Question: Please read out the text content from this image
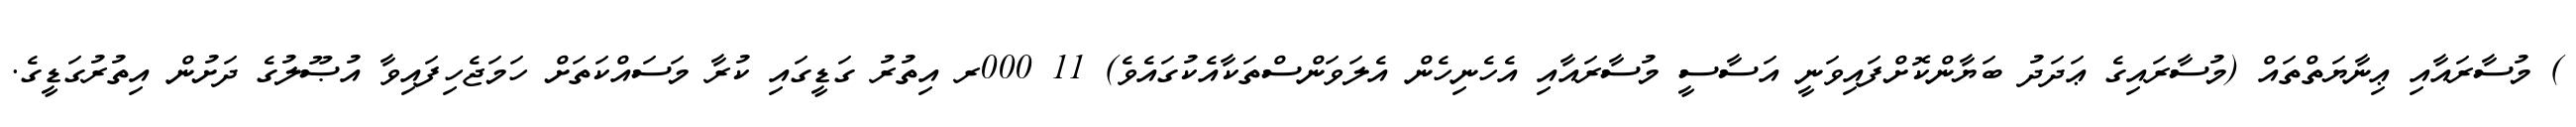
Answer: ) މުސާރައާއި ޢިނާޔަތްތައް (މުސާރައިގެ ޢަދަދު ބަޔާންކޮށްފައިވަނީ އަސާސީ މުސާރައާއި އެހެނިހެން އެލަވަންސްތަކާއެކުގައެވެ) 11 000ރ އިތުރު ގަޑީގައި ކުރާ މަސައްކަތަށް ހަމަޖެހިފައިވާ އުޞޫލުގެ ދަށުން އިތުރުގަޑީގެ.